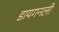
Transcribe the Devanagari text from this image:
डायगनली